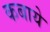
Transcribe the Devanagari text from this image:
कबाये